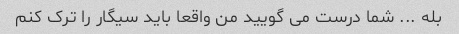
بله ... شما درست می گویید من واقعا باید سیگار را ترک کنم